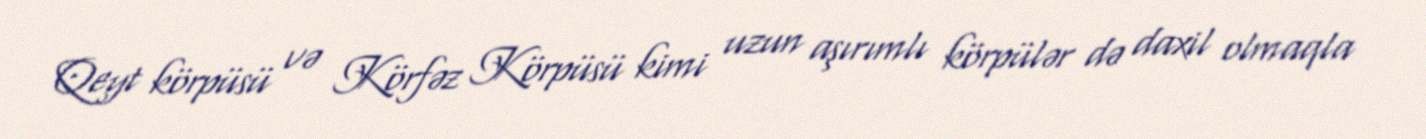
Qeyt körpüsü və Körfəz Körpüsü kimi uzun aşırımlı körpülər də daxil olmaqla